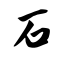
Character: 石